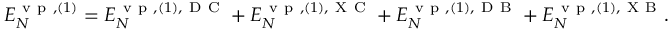
\begin{array} { r } { { \cal E } _ { N } ^ { \ensuremath { \mathrm { ~ v ~ p ~ } } , ( 1 ) } = { \cal E } _ { N } ^ { \ensuremath { \mathrm { ~ v ~ p ~ } } , ( 1 ) , \mathrm { ~ D ~ C ~ } } + { \cal E } _ { N } ^ { \ensuremath { \mathrm { ~ v ~ p ~ } } , ( 1 ) , \mathrm { ~ X ~ C ~ } } + { \cal E } _ { N } ^ { \ensuremath { \mathrm { ~ v ~ p ~ } } , ( 1 ) , \mathrm { ~ D ~ B ~ } } + { \cal E } _ { N } ^ { \ensuremath { \mathrm { ~ v ~ p ~ } } , ( 1 ) , \mathrm { ~ X ~ B ~ } } . } \end{array}